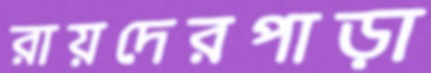
রায়দেরপাড়া